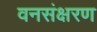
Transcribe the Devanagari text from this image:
वनसंक्षरण